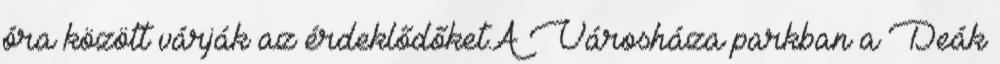
óra között várják az érdeklődőket.A Városháza parkban a Deák